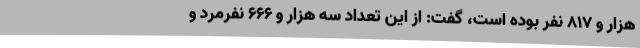
هزار و 817 نفر بوده است، گفت: از این تعداد سه هزار و 666 نفرمرد و